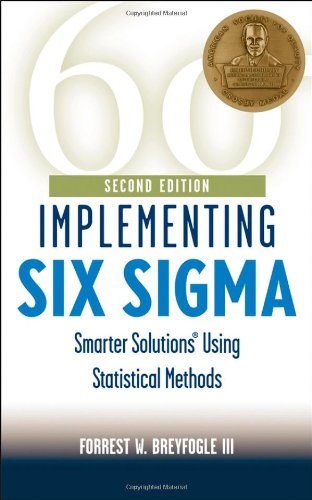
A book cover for Implementing Six Sigma, Second Edition: Smarter Solutions Using Statistical Methods; Forrest W. Breyfogle; Business & Money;